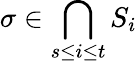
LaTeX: \sigma\in\bigcap_{s\leq i\leq t}S_{i}